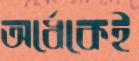
অর্ধেকেই